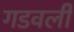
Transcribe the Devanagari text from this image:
गडवली